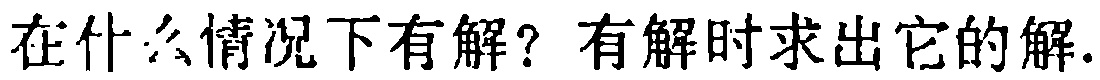
在什么情况下有解？有解时求出它的解.